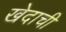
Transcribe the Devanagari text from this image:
खेदाची